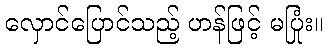
လှောင်ပြောင်သည့် ဟန်ဖြင့် မပြုံး။